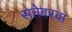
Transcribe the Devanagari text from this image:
सत्तेवरचा